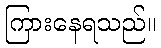
ကြားနေရသည်။